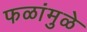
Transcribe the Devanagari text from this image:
फळांमुळे